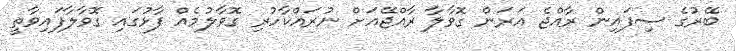
ބޭރުގެ ސިފައިން ރާއްޖެ އަރަން ގޮވާލާ ރާއްޖޭއަށް ނުރައްކާހުރި ގޮވާލުމެއް ފާޅުގައި ގޮވާލާފައިވާތީ